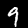
Digit: 9